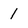
Character: 1